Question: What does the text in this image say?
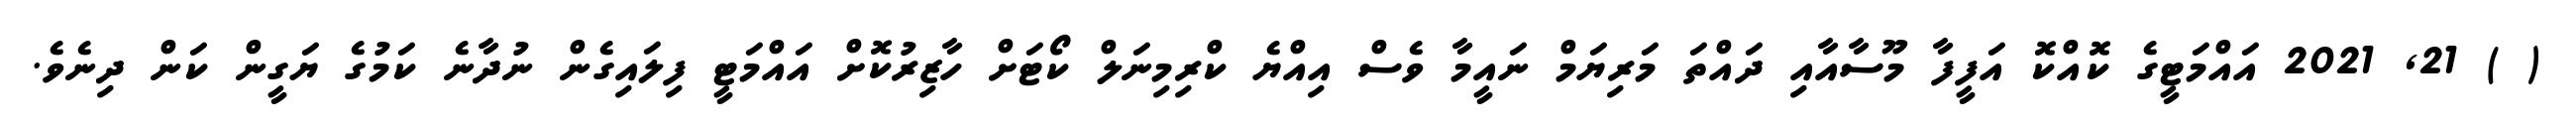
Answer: ( ) 21, 2021 އައްމަޓީގެ ކޮއްކޮ އަފީފާ މޫސާއާއި ދައްތަ މަރިޔަމް ނައީމާ ވެސް އިއްޔެ ކްރިމިނަލް ކޯޓަށް ހާޒިރުކޮށް އައްމަޓީ ފިލައިގެން ނުދާނެ ކަމުގެ ޔަގީން ކަން ދިނެވެ.